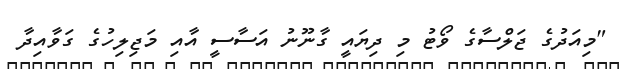
"މިއަދުގެ ޖަލްސާގެ ވޯޓު މި ދިޔައީ ގާނޫނު އަސާސީ އާއި މަޖިލިހުގެ ގަވާއިދާ